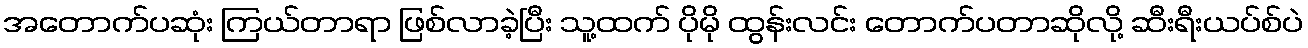
အတောက်ပဆုံး ကြယ်တာရာ ဖြစ်လာခဲ့ပြီး သူ့ထက် ပိုမို ထွန်းလင်း တောက်ပတာဆိုလို့ ဆီးရီးယပ်စ်ပဲ